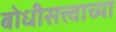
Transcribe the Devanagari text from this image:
बोधीसत्त्वाच्या